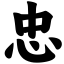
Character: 忠